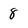
Character: 8